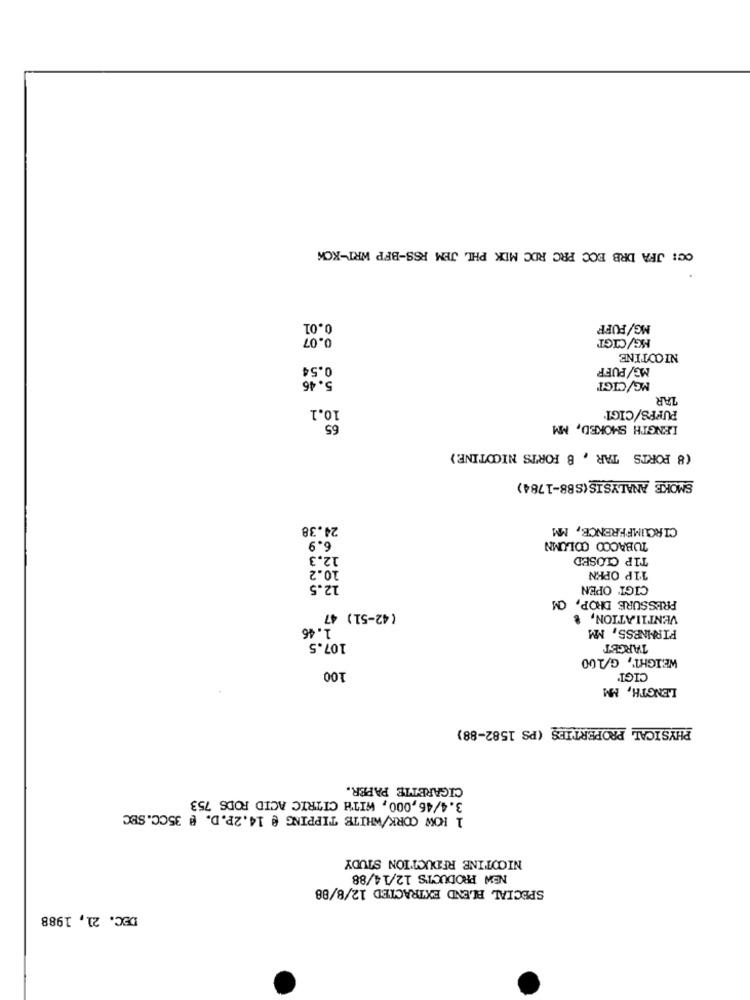
CC: JFA DRB ECC PRC RDC MDK PHL JEM RSS-BFP WRT-KCK
0.01
MG/FUFF
0.07
NG/CIGT
NICOTINE
0.54
MG/PUFF
5.46
MG/CIGT
LAR
10.1
PUFFS/CIGT
65
LENGTH SMOKED, MM
(8 PORTS TAR , B FORTS NICOTINE)
SMOKE ANALYSIS(SB8-1784)
24.38
CIRCUMFERENCE, MM
6.9
TUBACOO COLUMN
12.3
TIP CLOSED
10.2
11P OPEN
12.5
CIGT OPEN
PRESSURE DROP, CM
( 42-51) 47
VENTILATION, &
1.46
FIRMNESS, MM
107.5
TARGET
WEIGHT, G/100
100
CIGI'
LENGTH, MM
PHYSICAL PROPERTIES (PS 1582-88)
CIGARETTE PAPER.
3.4/46,000, WITH CITRIC ACID RODS 753
1 HOW CORK/WHITE TIPPING @ 14.2P. D. @ 35CC.SBC
NICOTINE REDUCTION STUDY
NEW PRODUCTS 12/14/88
SPECIAL BLEND EXTRACTED 12/8/88
DEC. 21, 1988